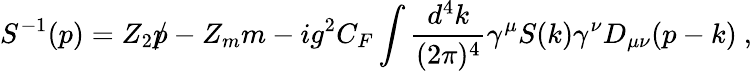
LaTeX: {S}^{-1}(p)=Z_{2}\rlap{p}/-Z_{m}m-ig^{2}C_{F}\int\frac{d^{4}k}{(2\pi)^{4}}\gamma^{\mu}{S}(k)\gamma^{\nu}D_{\mu\nu}(p-k)~,